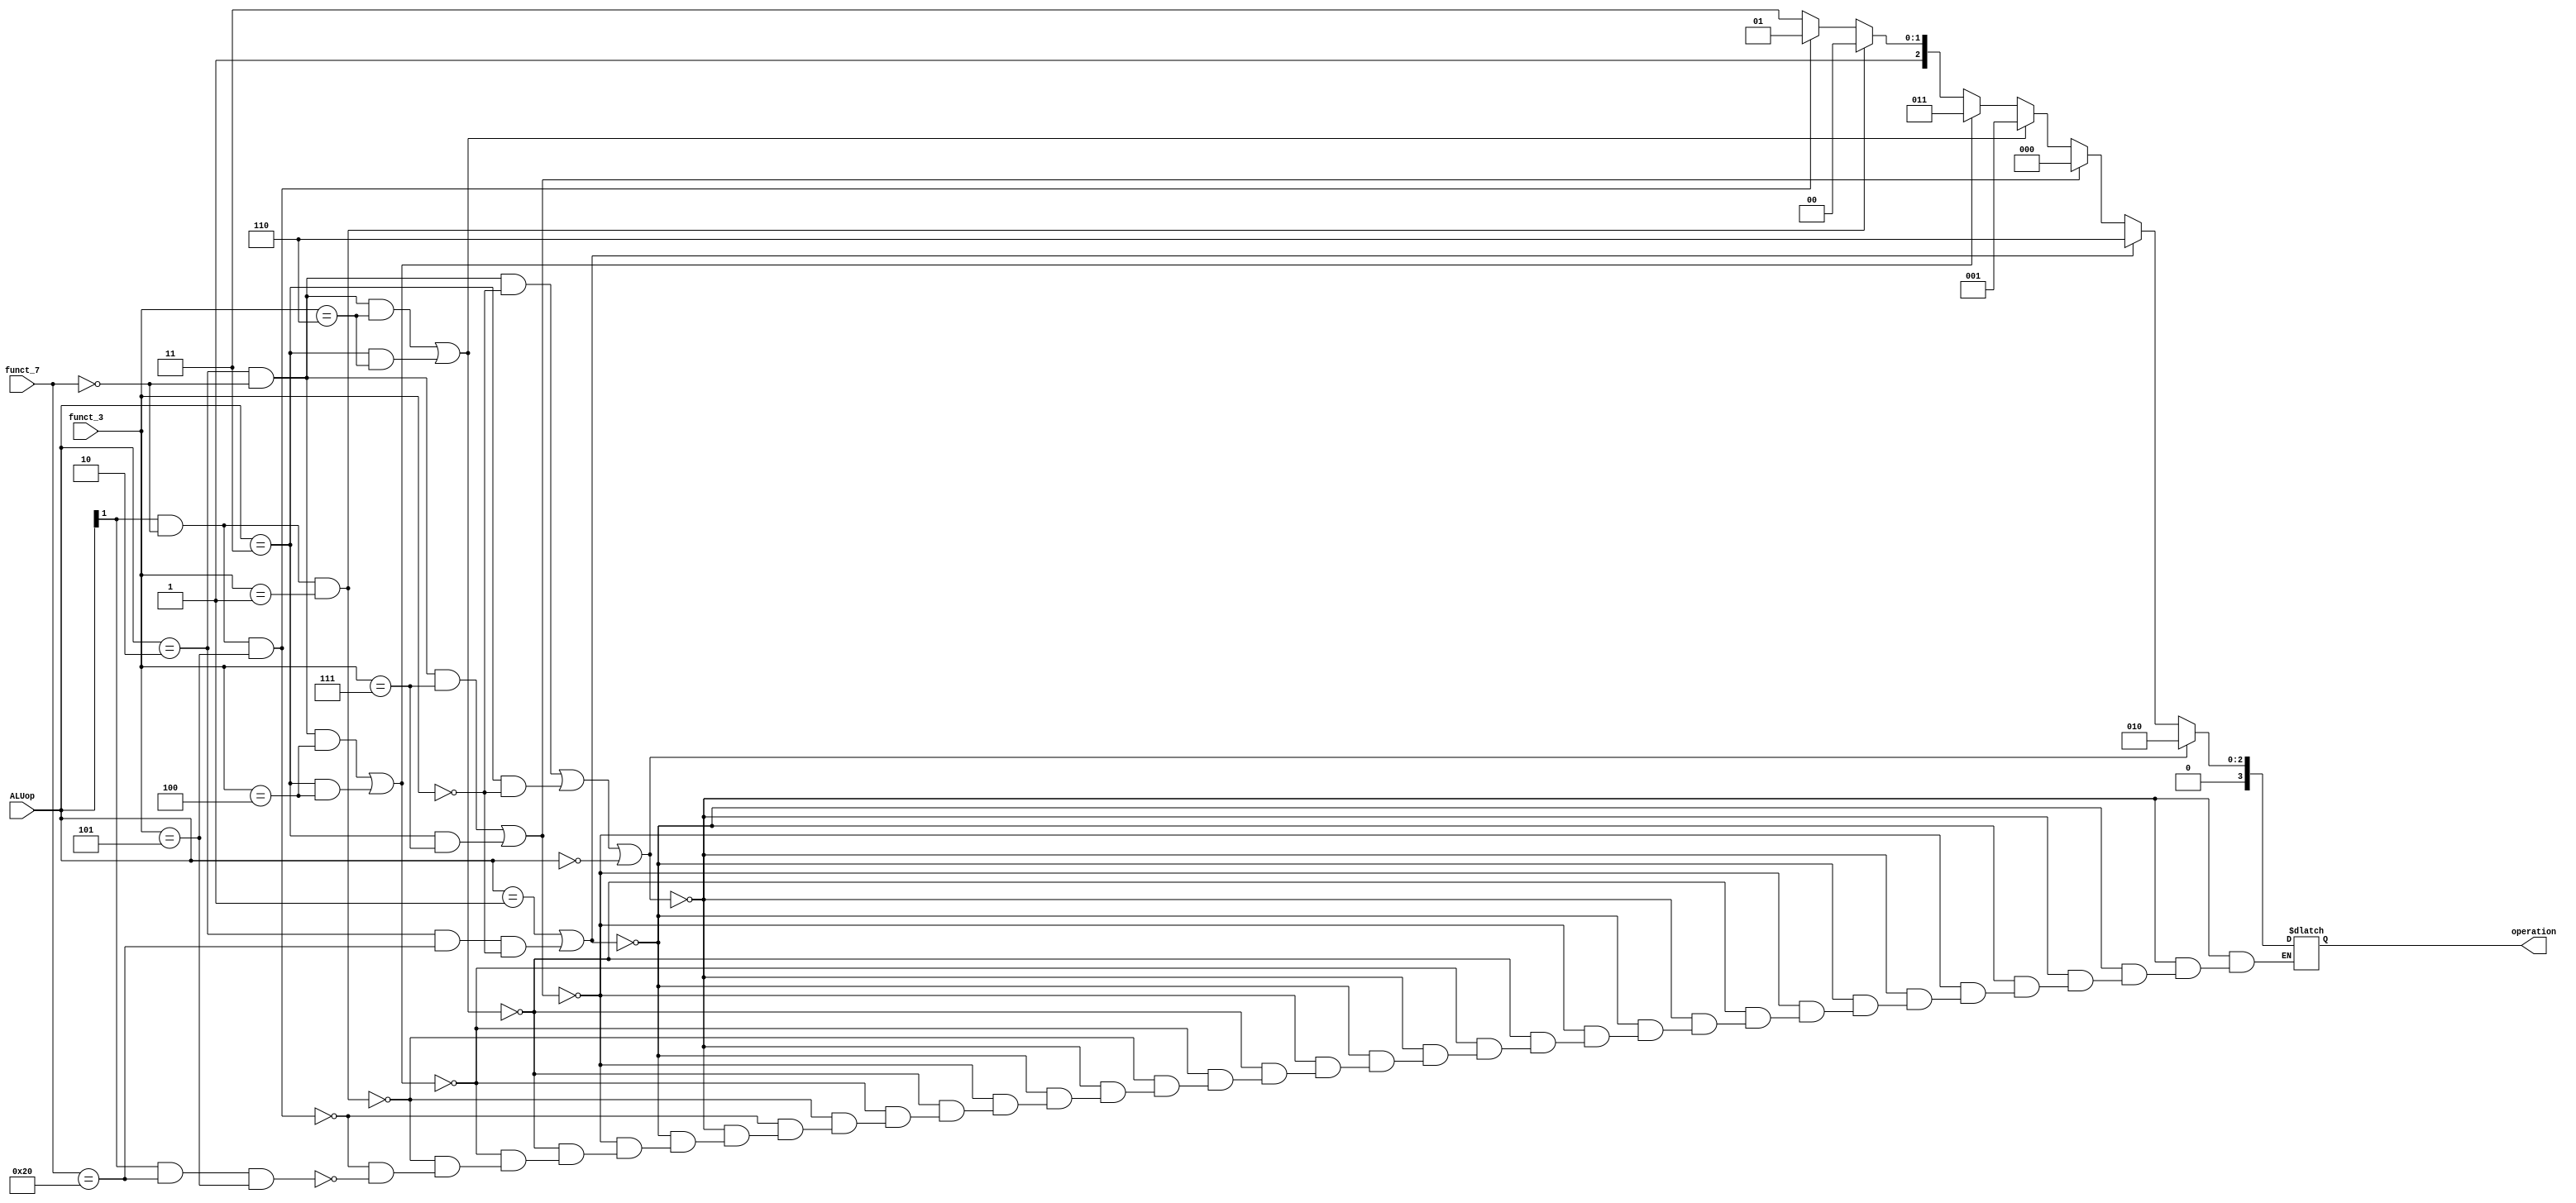
module ALUcontrol(ALUop, funct_7, funct_3, operation);
	input [1:0] ALUop;
	input [6:0] funct_7;
	input [2:0] funct_3;
	output reg [3:0] operation;

	always @(*) begin
		if(((ALUop == 2'b10) && (funct_7 == 7'd0) && (funct_3 == 3'd0)) || ((ALUop == 2'b11) && (funct_3 == 3'd0)) || (ALUop == 2'b00)) 
			operation = 4'd2; //ADD
		else if((ALUop == 2'b01) || ((ALUop == 2'b10) && (funct_7 == 7'd32) && (funct_3 == 3'd0)))
			operation = 4'd6; //SUBTRACT
		else if (((ALUop == 2'b10) && (funct_7 == 7'd0) && (funct_3 == 3'd7)) || ((ALUop == 2'b11) && (funct_3 == 3'd7)))
			operation = 4'd0; //AND
		else if(((ALUop == 2'b10) && (funct_7 == 7'd0) && (funct_3 == 3'd6)) || ((ALUop == 2'b11) && (funct_3 == 3'd6)))
			operation = 4'd1; //OR
		else if(((ALUop == 2'b10) && (funct_7 == 7'd0) && (funct_3 == 3'd4)) || ((ALUop == 2'b11) && (funct_3 == 3'd4)))
			operation = 4'd3; //XOR
		else if((ALUop[1] == 1'b1) && (funct_7 == 7'd0) && (funct_3 == 3'd1))
			operation = 4'd4; //Shift Left
		else if((ALUop[1] == 1'b1) && (funct_7 == 7'd0) && (funct_3 == 3'd5))
			operation = 4'd5; //Shift Right
		else if(((ALUop[1] == 1'b1) && (funct_7 == 7'd32) && (funct_3 == 3'd5)))
			operation = 4'd7; //Arithmetic Shift
		end
endmodule